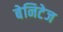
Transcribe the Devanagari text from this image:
बेनिटेज